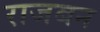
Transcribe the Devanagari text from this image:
राजबन